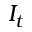
I _ { t }